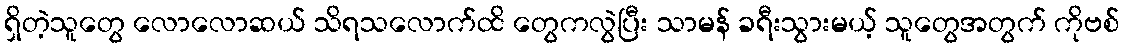
ရှိတဲ့သူတွေ လောလောဆယ် သိရသလောက်ထိ တွေကလွဲပြီး သာမန် ခရီးသွားမယ့် သူတွေအတွက် ကိုဗစ်